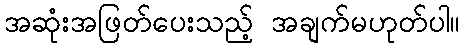
အဆုံးအဖြတ်ပေးသည့် အချက်မဟုတ်ပါ။